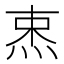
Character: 𰞡